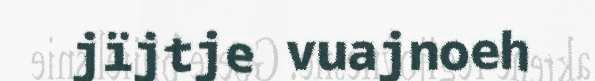
jïjtje vuajnoeh